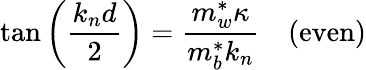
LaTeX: \tan\left({\frac{k_{n}d}{2}}\right)={\frac{m_{w}^{*}\kappa}{m_{b}^{*}k_{n}}}\quad{\mathrm{(even)}}